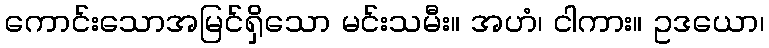
ကောင်းသောအမြင်ရှိသော မင်းသမီး။ အဟံ၊ ငါကား။ ဥဒယော၊